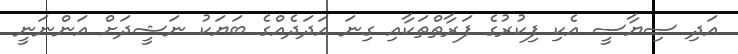
އަދި ސިޔާސީ އެކި ފިކުރުގެ ފަރާތްތަކާއި ގިނަ އަދަދެއްގެ ބަޔަކު ނަޝީދަށް އަންނަނީ